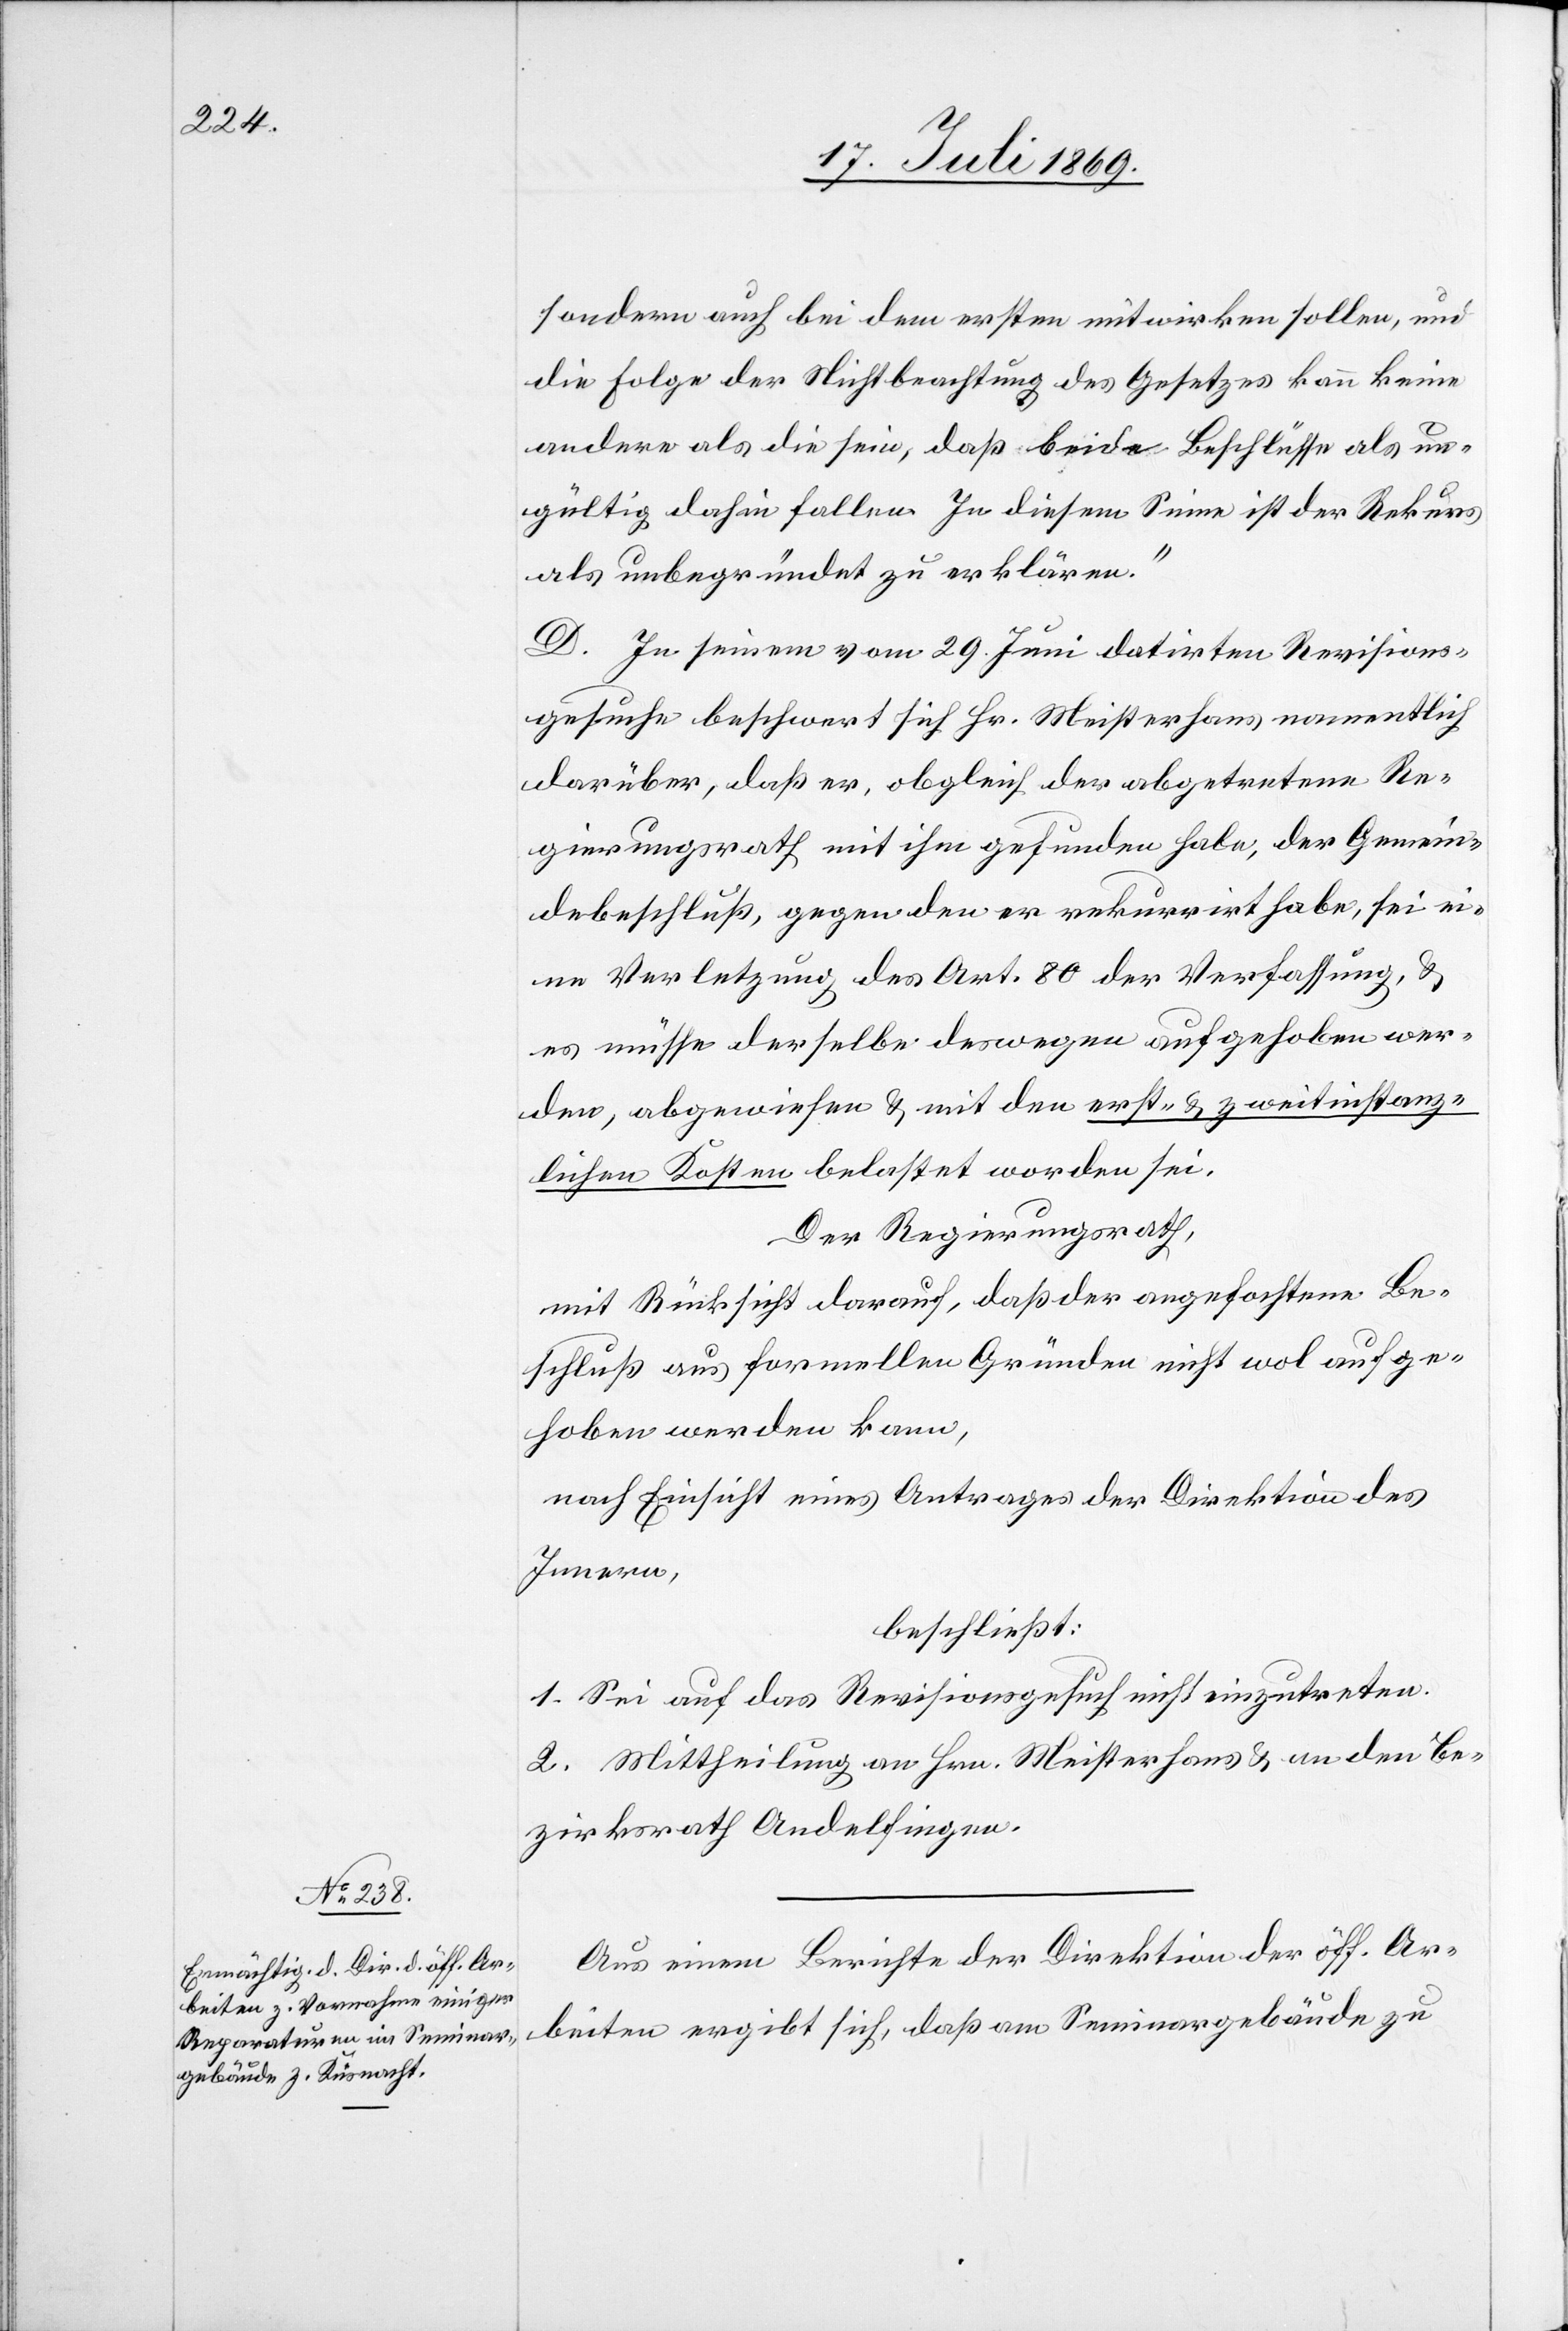
sondern auch bei dem ersten mitwirken sollen, und
die Folge der Nichtbeachtung des Gesetzes kann keine
andere als die sein, daß beide Beschlüsse als un¬
gültig dahin fallen. In diesem Sinne ist der Rekurs
als unbegründet zu erklären.“
B. In seinem vom 29 Juni datirten Revisions¬
gesuche beschwert sich Hr. Meisterhans namentlich
darüber, daß er, obgleich der abgetretene Re¬
gierungsrath mit ihm gefunden habe, der Gemein¬
debeschluß, gegen den er rekurrirt habe, sei ei¬
ne Verletzung des Art. 80 der Verfassung, u.
es müsse derselbe deswegen aufgehoben wer¬
den, abgewiesen u. mit den erst- u. zweitinstanz¬
lichen Kosten belastet worden sei.
Der Regierungsrath,
mit Rücksicht darauf, daß der angefochtene Be¬
schluß aus formellen Gründen nicht wol aufge¬
hoben werden kann,
nach Einsicht eines Antrages der Direktion des
Innern,
beschließt:
1. Sei auf das Revisionsgesuch einzutreten.
2. Mittheilung an Hrn. Meisterhans u. an den Be¬
zirksrath Andelfingen.
Aus einem Berichte der Direktion der öff. Ar¬
beiten ergibt sich, daß am Seminargebäude zu